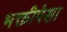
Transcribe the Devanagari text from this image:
भक्तीपेक्षा